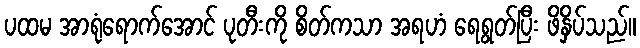
ပထမ အာရုံရောက်အောင် ပုတီးကို စိတ်ကသာ အရဟံ ရေရွတ်ပြီး ဖိနှိပ်သည်။